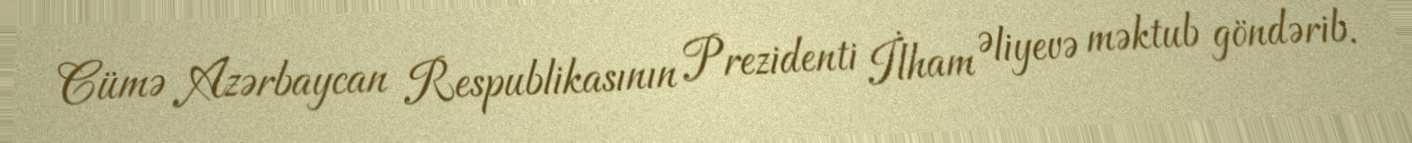
Cümə Azərbaycan Respublikasının Prezidenti İlham Əliyevə məktub göndərib.